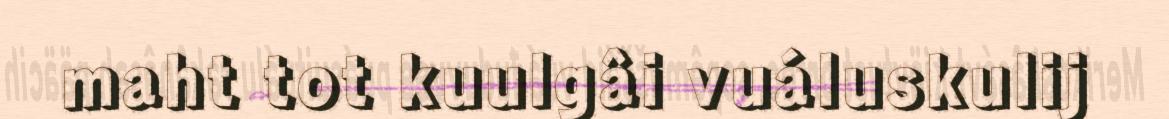
maht tot kuulgâi vuáluskulij